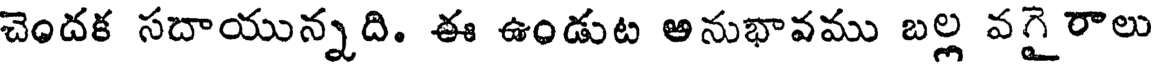
చెందక సదాయున్నది. ఈ ఉండుట అనుభావము బల్ల వగైరాలు